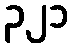
၃၂၁